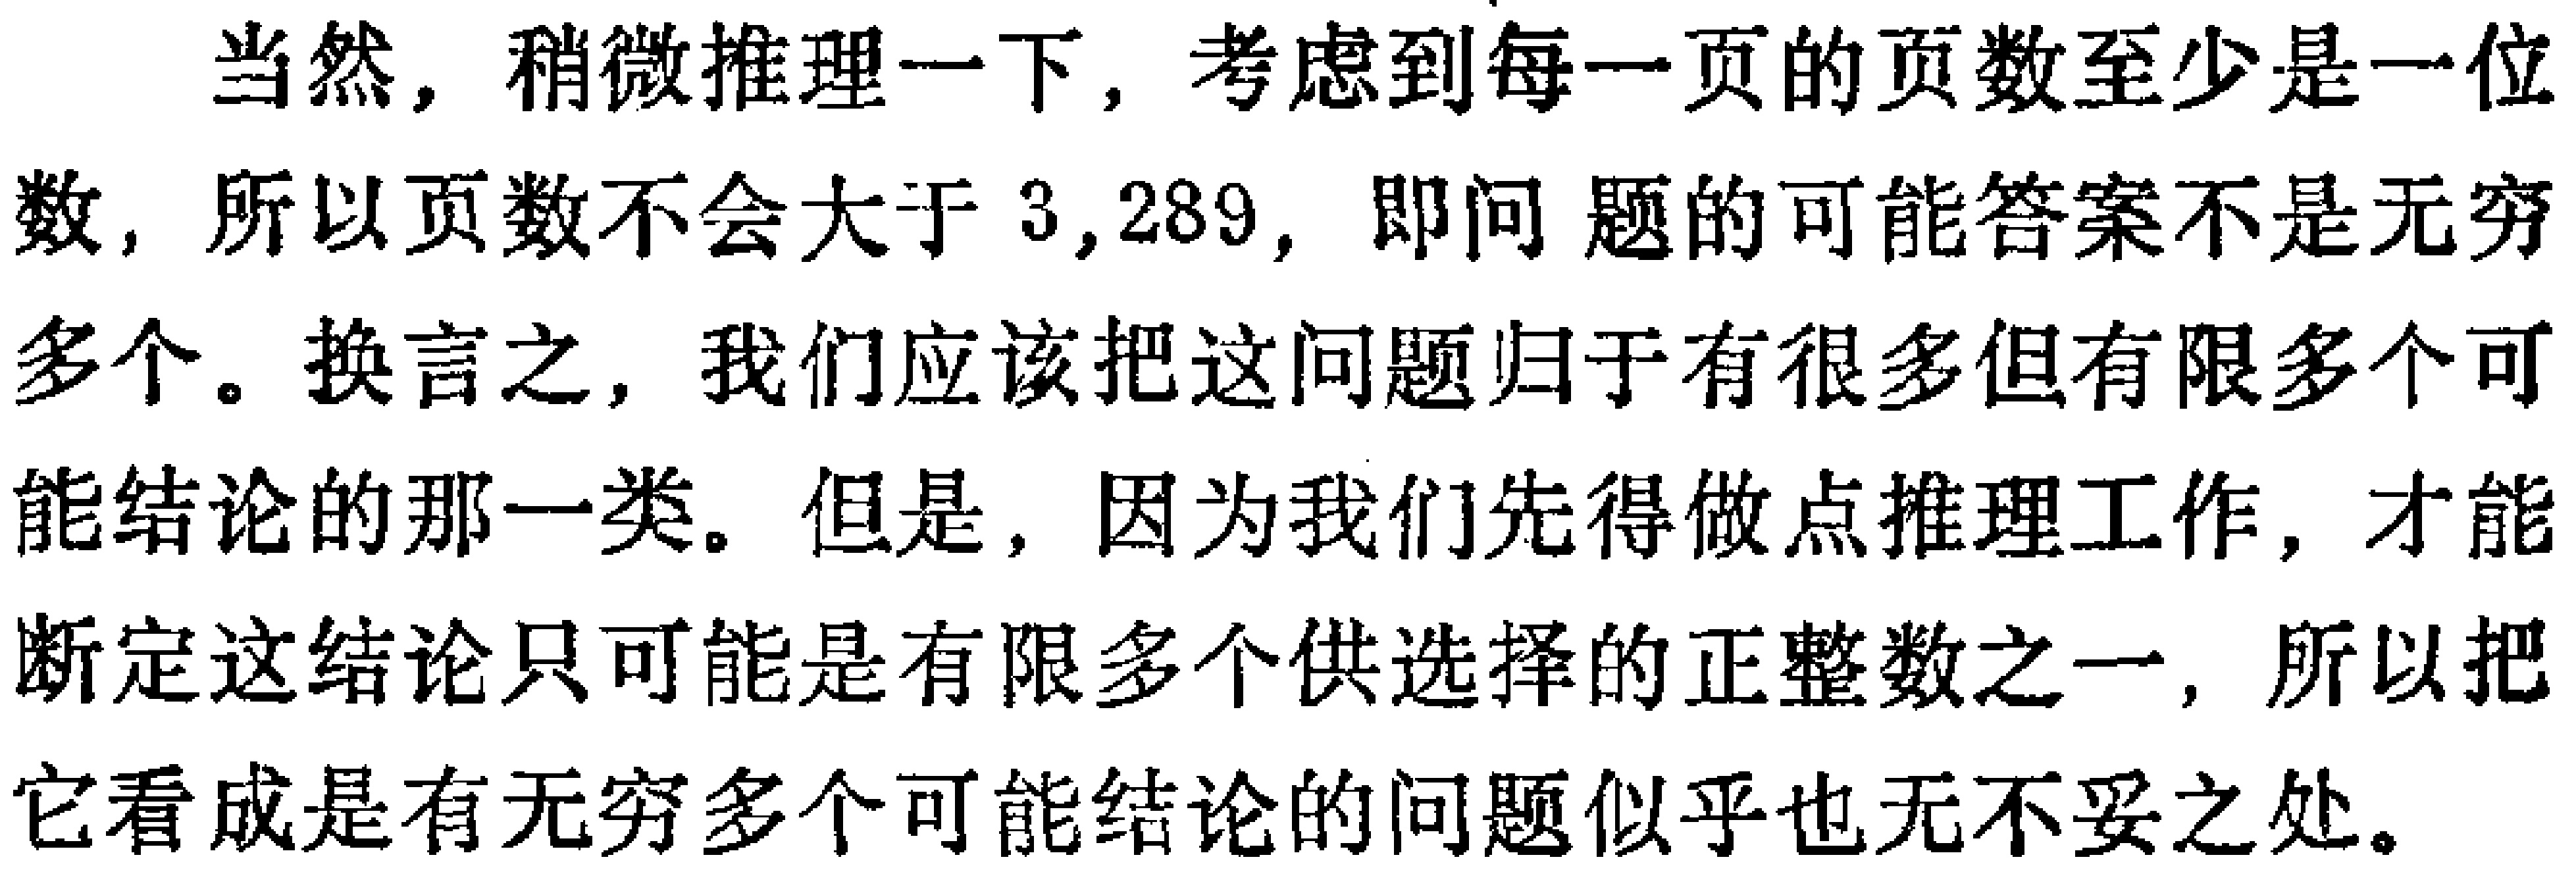
当然，稍微推理一下，考虑到每一页的页数至少是一位数，所以页数不会大于 \(3,289\)，即问 题的可能答案不是无穷多个。换言之，我们应该把这问题归于有很多但有限多个可能结论的那一类。但是，因为我们先得做点推理工作，才能断定这结论只可能是有限多个供选择的正整数之一，所以把它看成是有无穷多个可能结论的问题似乎也无不妥之处。